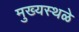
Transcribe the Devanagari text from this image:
मुख्यस्थळे